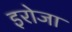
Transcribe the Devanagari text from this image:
इरोजा